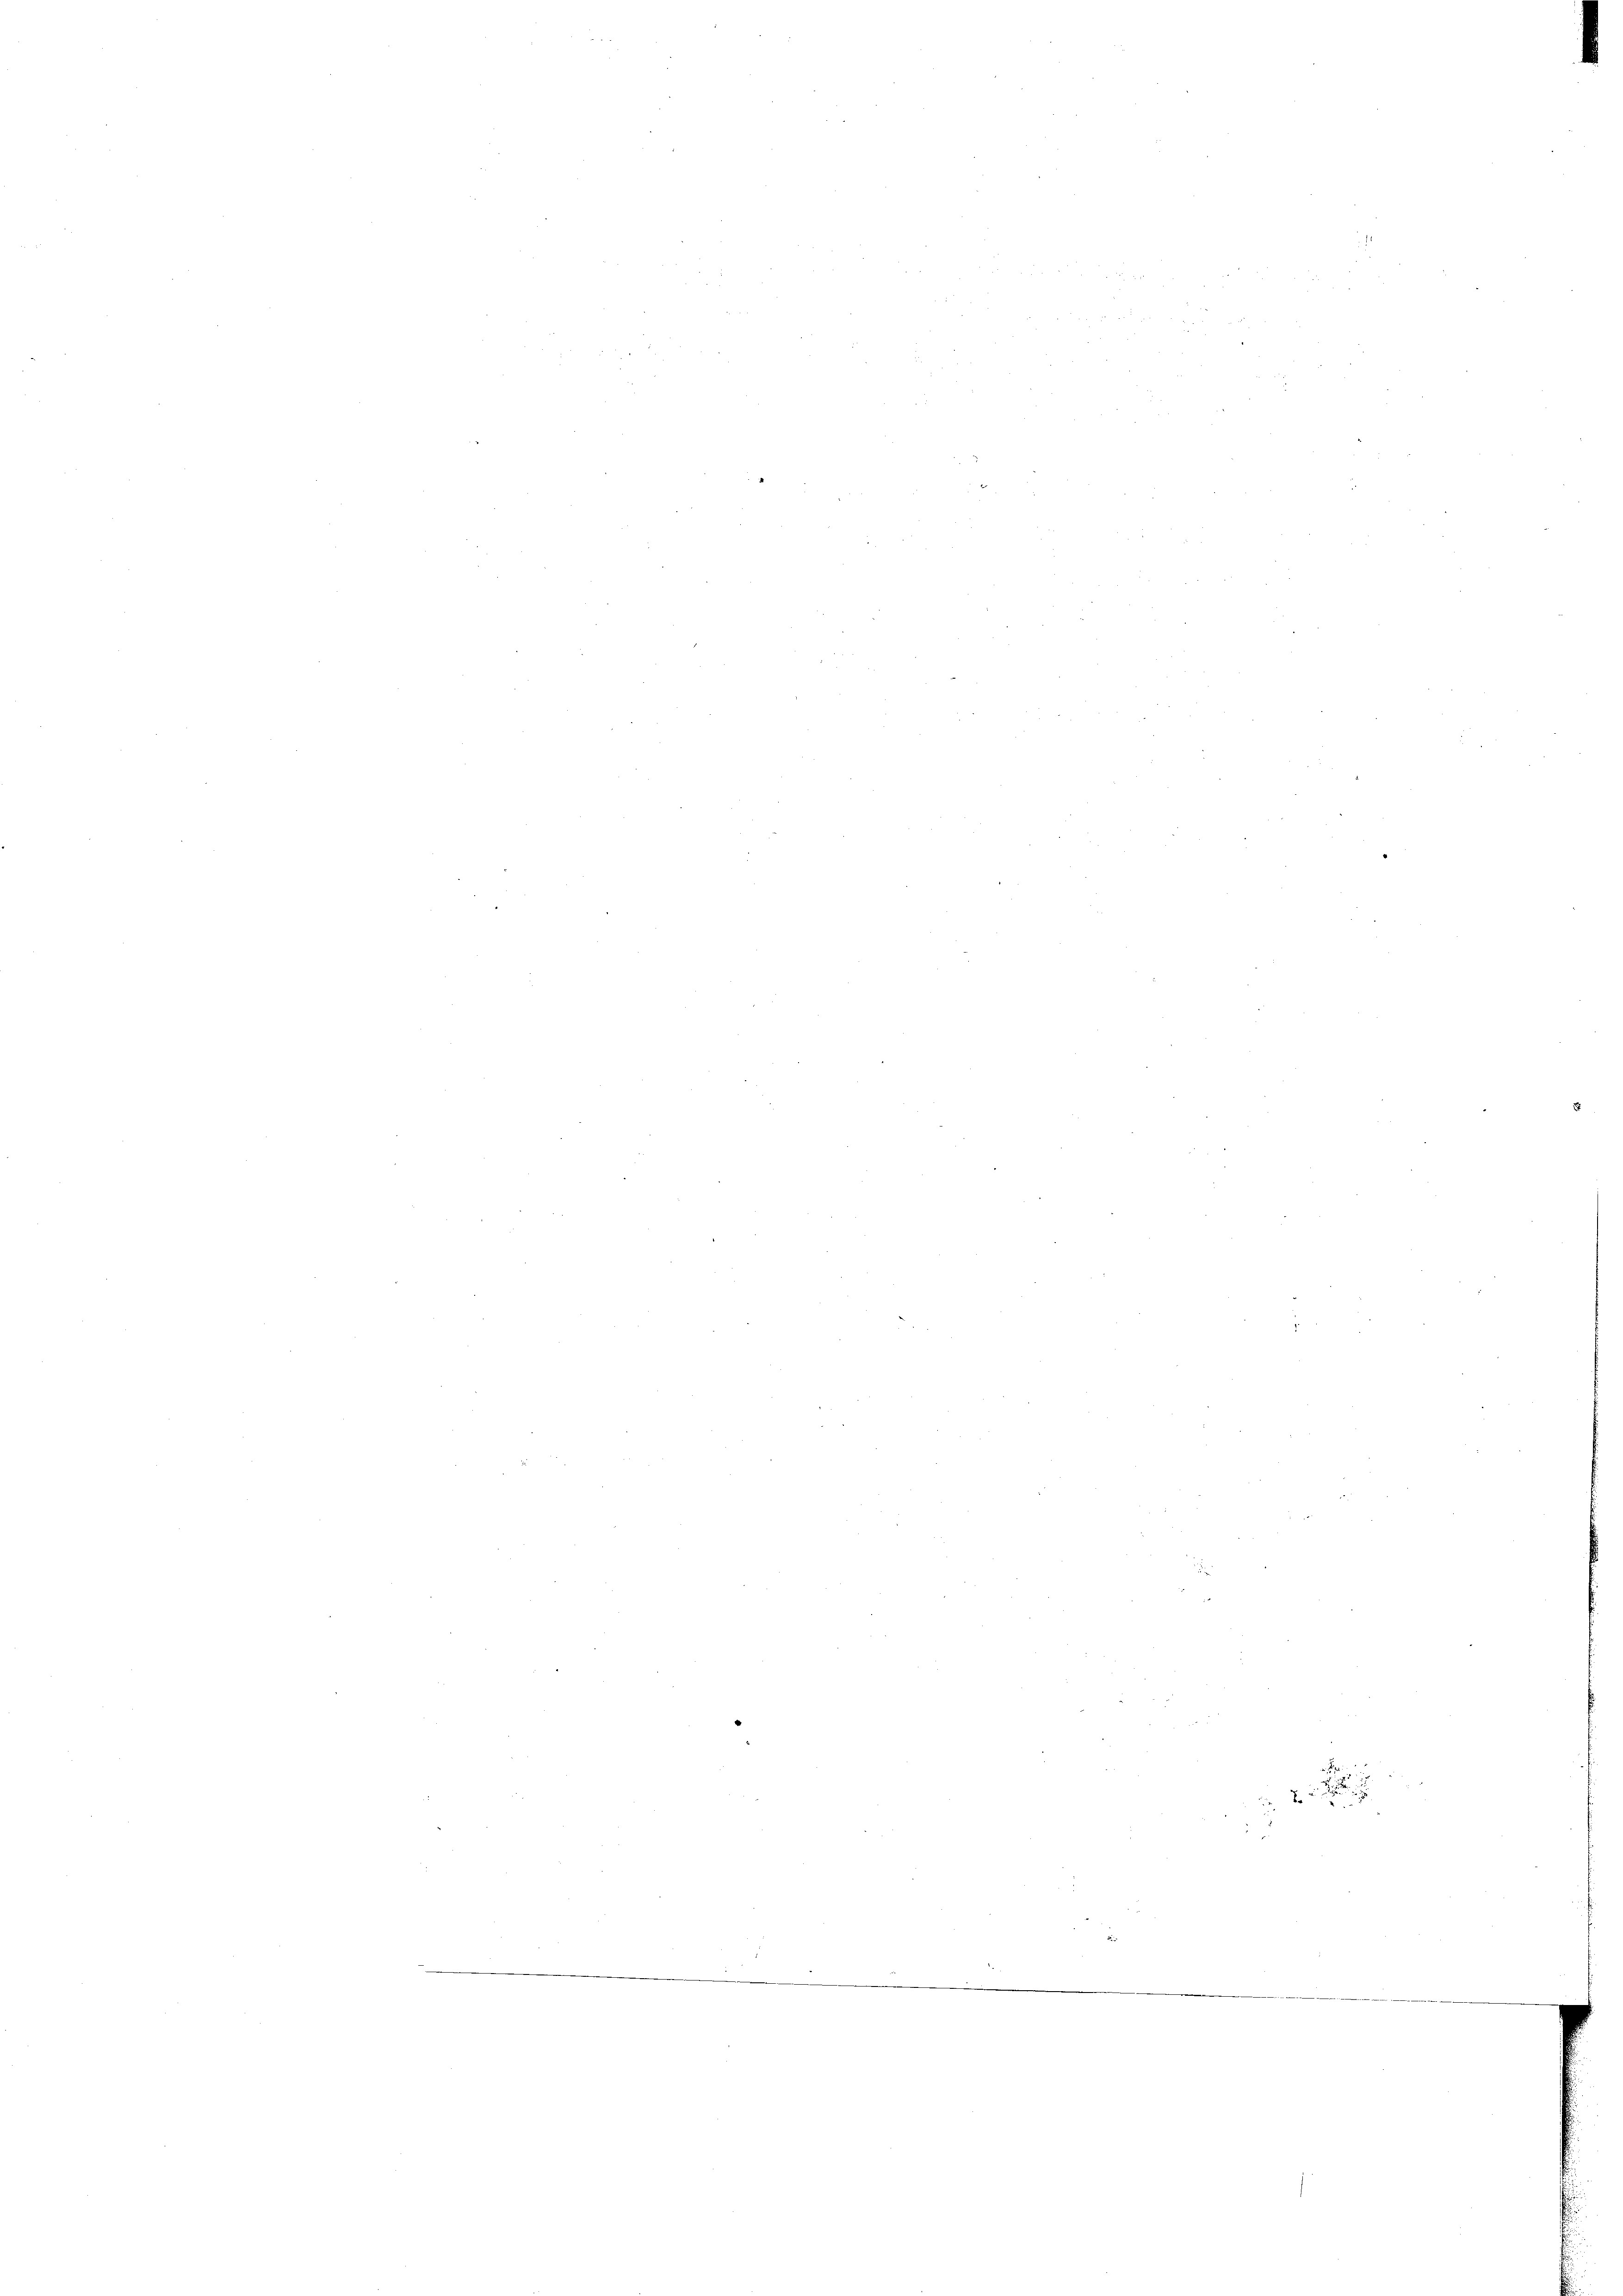
. Pe